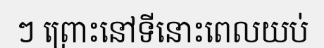
ៗ ព្រោះនៅទីនោះពេលយប់